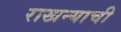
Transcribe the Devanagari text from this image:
राखन्याची